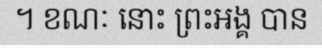
។ ខណៈ នោះ ព្រះអង្គ បាន